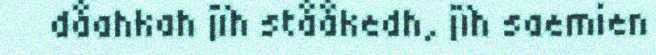
dåahkah jïh stååkedh, jïh saemien